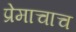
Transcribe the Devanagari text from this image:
प्रेमाचाच